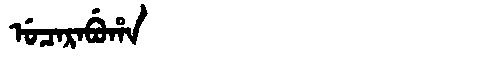
Manchu: ᡠᠴᠠᡵᠠᠪᡠᡥᠠ
Romanization: UCARABUHA